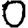
Digit: 0